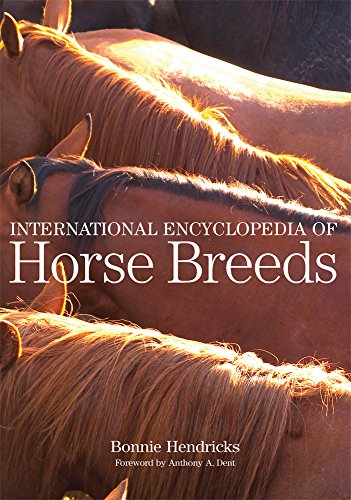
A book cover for International Encyclopedia of Horse Breeds; Bonnie L. Hendricks; Reference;